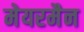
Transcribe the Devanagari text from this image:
मेयरमैन